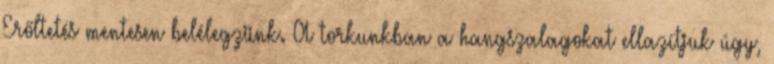
Erőltetés mentesen belélegzünk. A torkunkban a hangszalagokat ellazítjuk úgy,